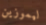
ليموزين